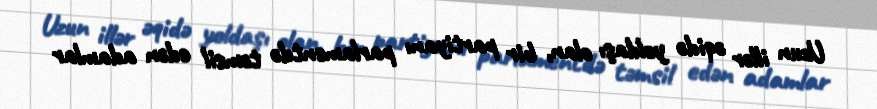
Uzun illər əqidə yoldaşı olan, bir partiyanı parlamentdə təmsil edən adamlar